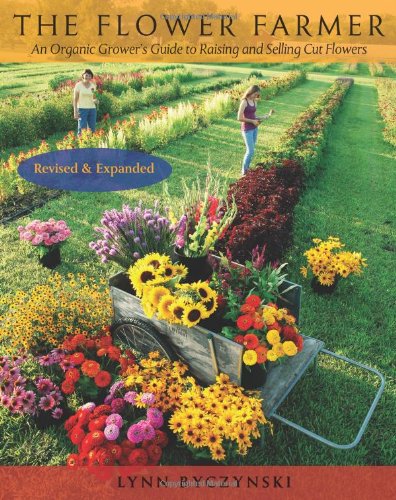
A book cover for The Flower Farmer: An Organic Grower's Guide to Raising and Selling Cut Flowers, 2nd Edition; Lynn Byczynski; Crafts, Hobbies & Home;